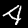
Digit: 4